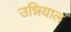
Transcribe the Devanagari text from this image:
उन्नियाल